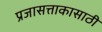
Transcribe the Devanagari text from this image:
प्रजासत्ताकासाठी